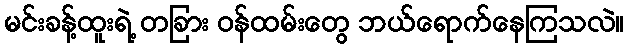
မင်းခန့်ထူးရဲ့ တခြား ဝန်ထမ်းတွေ ဘယ်ရောက်နေကြသလဲ။